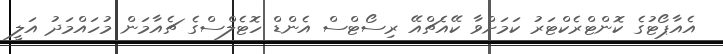
އެއާޕޯޓުގެ ކޮންޓްރެކްޓަރު ކަމަށްވާ ކޭއެޗްއޭ ރިސޯޓްސް އެންޑް ހޮޓެލްސްގެ ޗެއާމަން މުހައްމަދު އަލީ